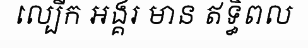
ល្បើក អង្គរ មាន ឥទ្ធិពល